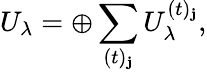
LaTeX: U_{\lambda}=\oplus\sum_{(t)_{\mathbf{j}}}U_{\lambda}^{(t)_{\mathbf{j}}},